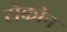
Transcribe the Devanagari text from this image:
टोकीन